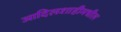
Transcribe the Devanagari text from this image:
आदिलशाहीमधील